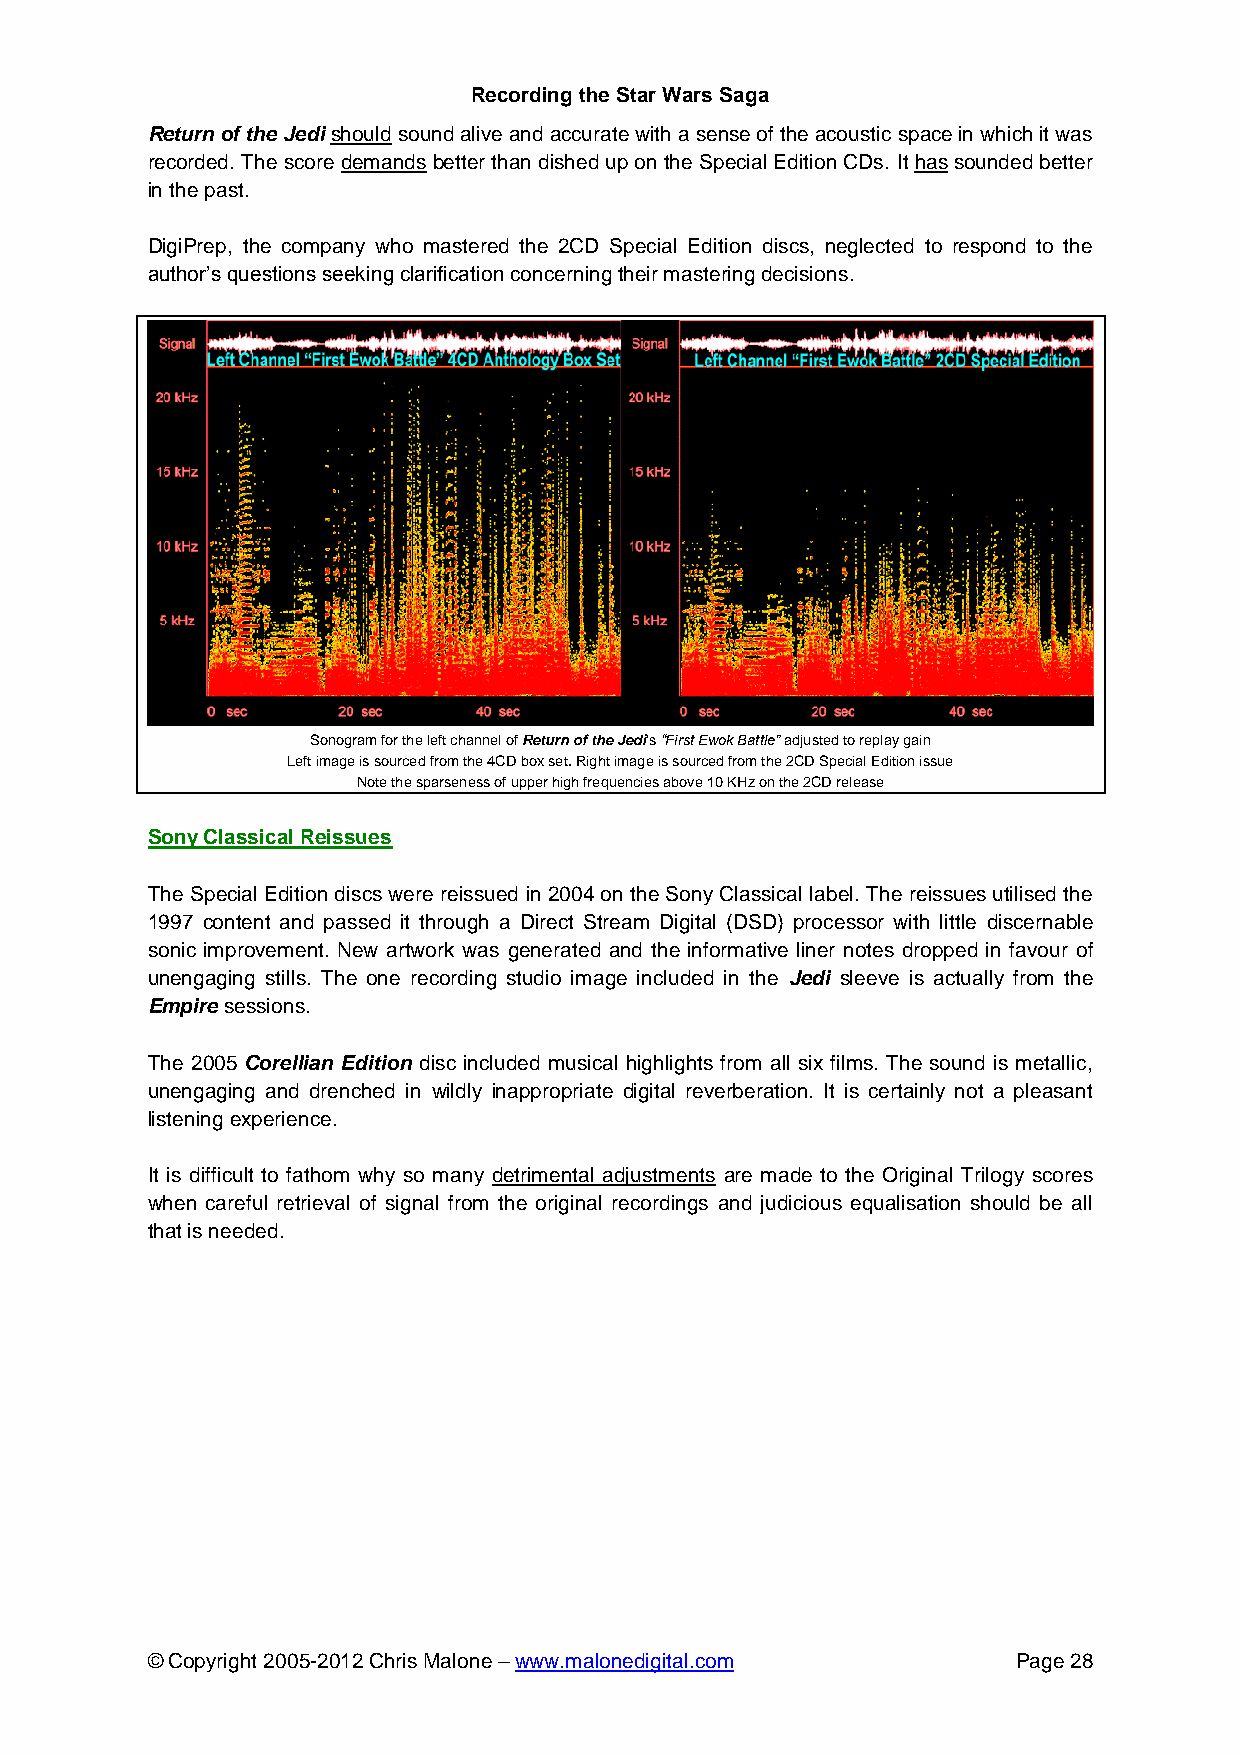
Recording the Star Wars Saga
 Return of the Jedi should sound alive and accurate with a sense of the acoustic space in which it was
 recorded. The score demands better than dished up on the Special Edition CDs. It has sounded better
 in the past.
 DigiPrep, the company who mastered the 2CD Special Edition discs, neglected to respond to the
 author’s questions seeking clarification concerning their mastering decisions.
 Sonogram for the left channel of Return of the Jedi’s “First Ewok Battle” adjusted to replay gain
 Left image is sourced from the 4CD box set. Right image is sourced from the 2CD Special Edition issue
 Note the sparseness of upper high frequencies above 10 KHz on the 2CD release
 Sony Classical Reissues
 The Special Edition discs were reissued in 2004 on the Sony Classical label. The reissues utilised the
 1997 content and passed it through a Direct Stream Digital (DSD) processor with little discernable
 sonic improvement. New artwork was generated and the informative liner notes dropped in favour of
 unengaging stills. The one recording studio image included in the Jedi sleeve is actually from the
 Empire sessions.
 The 2005 Corellian Edition disc included musical highlights from all six films. The sound is metallic,
 unengaging and drenched in wildly inappropriate digital reverberation. It is certainly not a pleasant
 listening experience.
 It is difficult to fathom why so many detrimental adjustments are made to the Original Trilogy scores
 when careful retrieval of signal from the original recordings and judicious equalisation should be all
 that is needed.
 © Copyright 2005-2012 Chris Malone – www.malonedigital.com Page 28